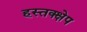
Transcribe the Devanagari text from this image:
हस्तक्क्षेप